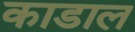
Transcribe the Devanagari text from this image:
काडाल